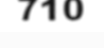
710